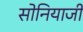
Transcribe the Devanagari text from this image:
सोनियाजी